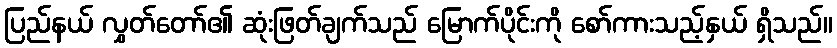
ပြည်နယ် လွှတ်တော်၏ ဆုံးဖြတ်ချက်သည် မြောက်ပိုင်းကို စော်ကားသည့်နှယ် ရှိသည်။